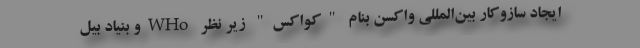
ایجاد سازوکار بین‌المللی واکسن بنام "کواکس" زیر نظر WHoو بنیاد بیل